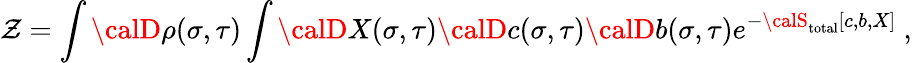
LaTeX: \mathcal{Z}=\int{\calD}\rho(\sigma,\tau)\int{\calD}X(\sigma,\tau){\calD}c(\sigma,\tau){\calD}b(\sigma,\tau)e^{-{\calS}_{\mathrm{{total}}}[c,b,X]}~,